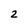
Character: 2